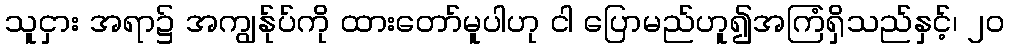
သူငှား အရာ၌ အကျွန်ုပ်ကို ထားတော်မူပါဟု ငါ ပြောမည်ဟူ၍အကြံရှိသည်နှင့်၊ ၂၀